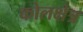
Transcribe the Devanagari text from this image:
कोलक्षेत्र